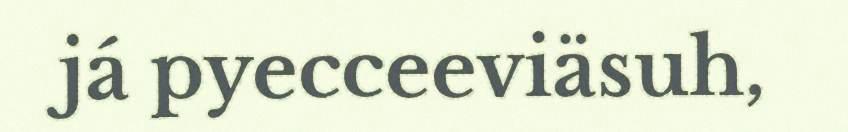
já pyecceeviäsuh,